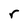
Character: r